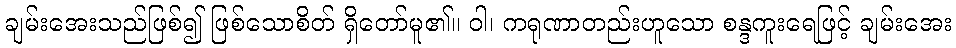
ချမ်းအေးသည်ဖြစ်၍ ဖြစ်သောစိတ် ရှိတော်မူ၏။ ဝါ၊ ကရုဏာတည်းဟူသော စန္ဒကူးရေဖြင့် ချမ်းအေး